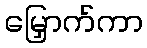
မြှောက်ကာ